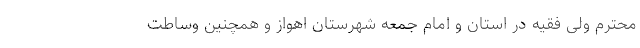
محترم ولی فقیه در استان و امام جمعه شهرستان اهواز و همچنین وساطت